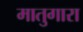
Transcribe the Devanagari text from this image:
मातुगारा